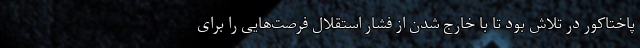
پاختاکور در تلاش بود تا با خارج شدن از فشار استقلال فرصت‌هایی را برای